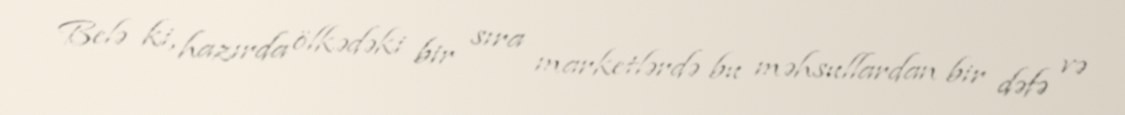
Belə ki, hazırda ölkədəki bir sıra marketlərdə bu məhsullardan bir dəfə və